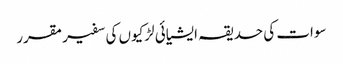
سوات کی حدیقہ ایشیائی لڑکیوں کی سفیر مقرر